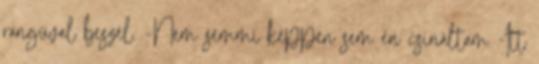
rangúval beszél. -Nem semmi képpen sem én csináltam -Itt